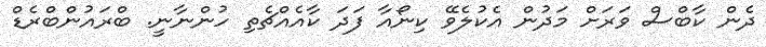
ދެން ކާބްސް ވަރަށް މަދުން އެކުލެވޭ ކިނޯއާ ފަދަ ކާއެއްޗެތި ހުންނާނީ. ބްރައުންބްރެޑް